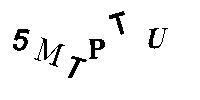
5MTPTU